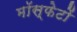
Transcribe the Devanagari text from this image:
मॉस्फेटों